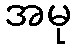
အမု